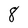
Character: 8